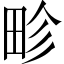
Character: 畛